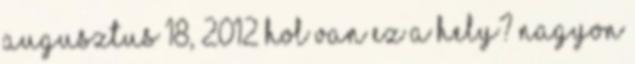
augusztus 18, 2012 hol van ez a hely? nagyon